Indian journal of veterinary science and animal husbandry - Volume 3,
Year: 1933
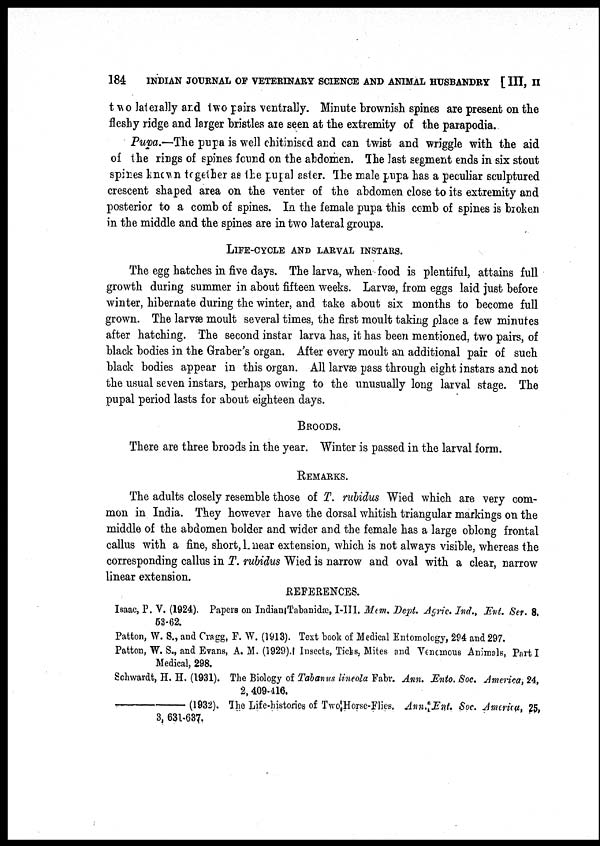
184
INDIAN JOURNAL OF VETERINARY SCIENCE AND ANIMAL HUSBANDRY [ III, II
two laterally and two pairs ventrally. Minute brownish spines are present on the
fleshy ridge and larger bristles are seen at the extremity of the parapodia.
Pupa.—The pupa is well chitinised and can twist and wriggle with the aid
of the rings of spines found on the abdomen. The last segment ends in six stout
spines known together as the pupal aster. The male pupa has a peculiar sculptured
crescent shaped area on the venter of the abdomen close to its extremity and
posterior to a comb of spines. In the female pupa this comb of spines is broken
in the middle and the spines are in two lateral groups.
LIFE-CYCLE AND LARVAL INSTARS.
The egg hatches in five days. The larva, when food is plentiful, attains full
growth during summer in about fifteen weeks. Larvæ, from eggs laid just before
winter, hibernate during the winter, and take about six months to become full
grown. The larvæ moult several times, the first moult taking place a few minutes
after hatching. The second instar larva has, it has been mentioned, two pairs, of
black bodies in the Graber's organ. After every moult an additional pair of such
black bodies appear in this organ. All larvæ pass through eight instars and not
the usual seven instars, perhaps owing to the unusually long larval stage. The
pupal period lasts for about eighteen days.
BROODS.
There are three broods in the year. Winter is passed in the larval form.
REMARKS.
The adults closely resemble those of T. rubidus Wied which are very com-
mon in India. They however have the dorsal whitish triangular markings on the
middle of the abdomen bolder and wider and the female has a large oblong frontal
callus with a fine, short, L near extension, which is not always visible, whereas the
corresponding callus in T. rubidus Wied is narrow and oval with a clear, narrow
linear extension.
REFERENCES.
Isaac, P. V. (1924). Papers on Indian Tabanidæ, I-III. Mem. Dept. Agric. Ind., Ent. Ser. 8,
53-62.
Patton, W. S., and Cragg, F. W. (1913). Text book of Medical Entomology, 294 and 297.
Patton, W. S., and Evans, A. M. (1929). Insects, Ticks, Mites and Venomous Animals, Part I
Medical, 298.
Schwardt, H. H. (1931). The Biology of Tabanus lineola Fabr. Ann. Ento. Soc. America, 24,
2, 409-416.
(1932). The Life-histories of Two Horse-Flies. Ann. Ent. Soc. America, 25,
3, 631-637.